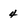
Character: 4